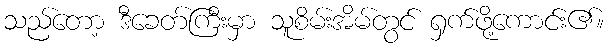
သည်တော့ ဒီခေတ်ကြီးမှာ သူစိမ်းအိမ်တွင် ရှက်ဖို့ကောင်း၏။